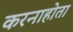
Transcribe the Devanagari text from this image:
करनाहोता